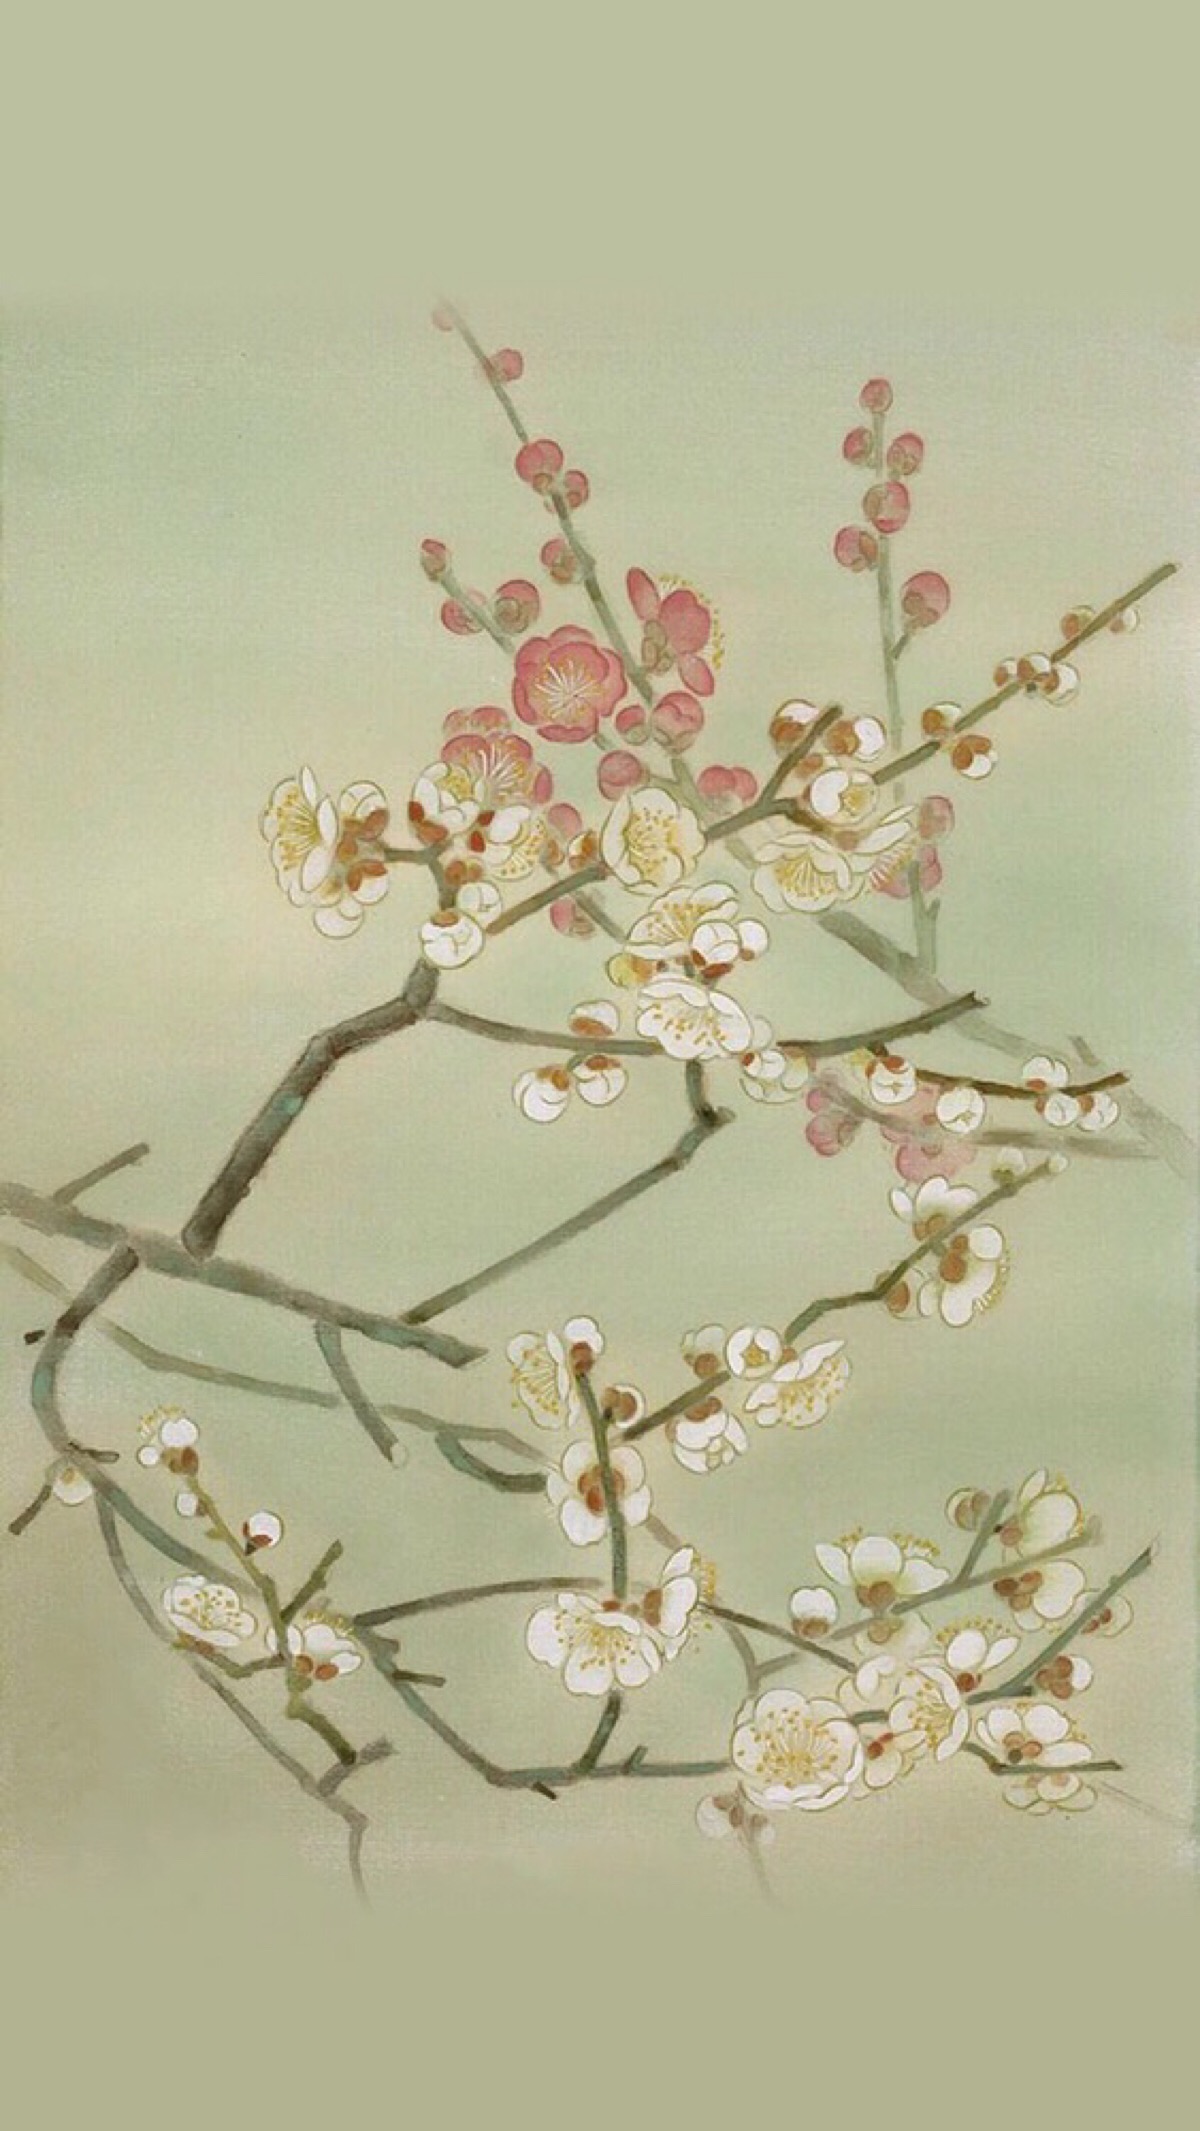
三更月。中庭恰照梨花雪。